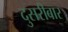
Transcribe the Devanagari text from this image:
दुसरीबार